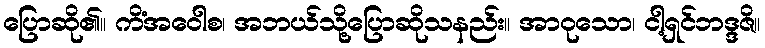
ပြောဆို၏။ ကိံအဝေါစ၊ အဘယ်သို့ပြောဆိုသနည်း။ အာဝုသော၊ ငါ့ရှင်ဘဒ္ဒဇိ။